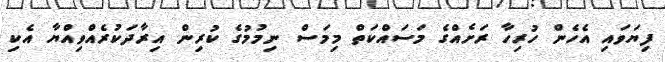
ފިޔަވައި އެހެން ހުރިހާ ރަށެއްގެ މަސައްކަތް މިމަސް ނިމުމުގެ ކުރިން އިރާދަކުރެއްވިއްޔާ އެކި